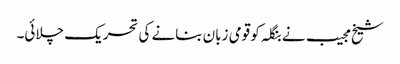
شیخ مجیب نے بنگلہ کو قومی زبان بنانے کی تحریک چلائی۔